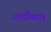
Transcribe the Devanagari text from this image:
जादौबारी